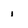
Character: 1